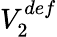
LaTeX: V_{2}^{def}